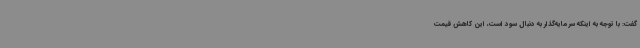
گفت: با توجه به اینکه سرمایه‌گذار به دنبال سود است، این کاهش قیمت